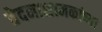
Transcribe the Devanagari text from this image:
वेदनाशामकांच्या